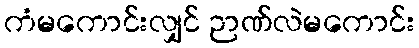
ကံမကောင်းလျှင် ဉာဏ်လဲမကောင်း